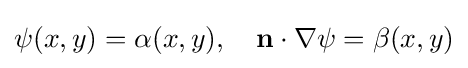
\psi (x,y)=\alpha (x,y),\quad \mathbf {n} \cdot \nabla \psi =\beta (x,y)